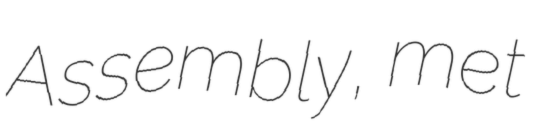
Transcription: Assembly, met